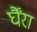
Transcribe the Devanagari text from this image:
र्घैंरा